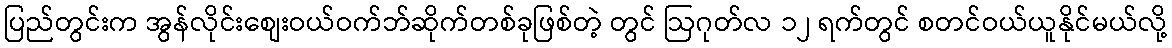
ပြည်တွင်းက အွန်လိုင်းစျေးဝယ်ဝက်ဘ်ဆိုက်တစ်ခုဖြစ်တဲ့ တွင် ဩဂုတ်လ ၁၂ ရက်တွင် စတင်ဝယ်ယူနိုင်မယ်လို့